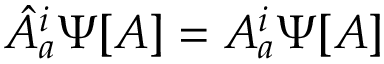
{ \hat { A } } _ { a } ^ { i } \Psi [ A ] = A _ { a } ^ { i } \Psi [ A ]